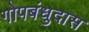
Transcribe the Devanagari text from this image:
गोपबंधुदास